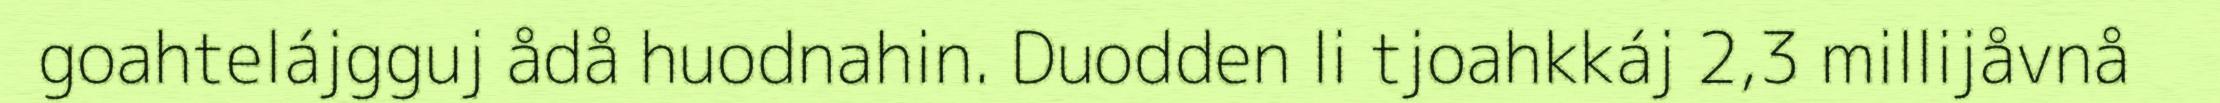
goahtelájgguj ådå huodnahin. Duodden li tjoahkkáj 2,3 millijåvnå